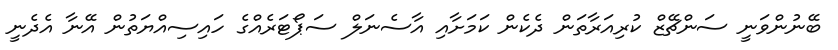
ބޭނުންވަނީ ސަންޗޭޒް ކުރިއަރާތަން ދެކެން ކަމަށާއި އާސެނަލް ސަޕޯޓަރެއްގެ ހައިސިއްޔަތުން އޭނާ އެދެނީ